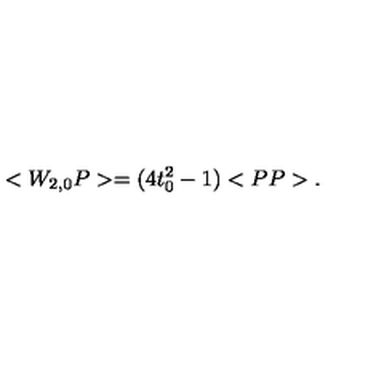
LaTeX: < W _ { 2 , 0 } P > = ( 4 t _ { 0 } ^ { 2 } - 1 ) < P P > .